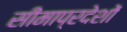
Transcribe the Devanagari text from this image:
सीमाप्रदेशों